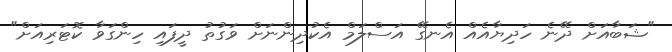
"ޝަބާއަށް ދޭނެ ހަދިޔާއެއް އެނގޭ އަސްލަމް އެކުދިންނަށް ވަގުތު ދީފައި ހިންގަވާ ކޮޓަރިއަށް"